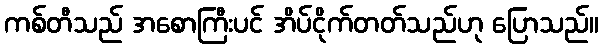
ကစ်တီသည် အစောကြီးပင် အိပ်ငိုက်တတ်သည်ဟု ပြောသည်။